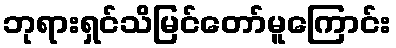
ဘုရားရှင်သိမြင်တော်မူကြောင်း